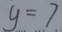
y = 7